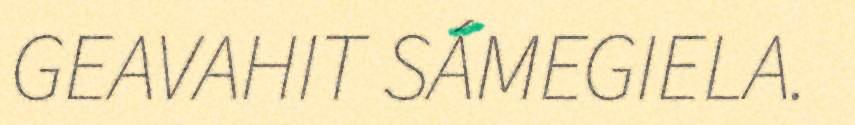
GEAVAHIT SÁMEGIELA.